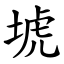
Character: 㙈